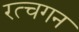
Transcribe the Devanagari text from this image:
रत्चगन